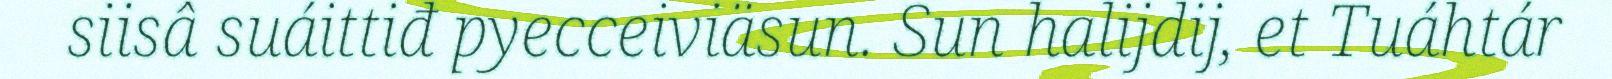
siisâ suáittiđ pyecceiviäsun. Sun halijdij, et Tuáhtár